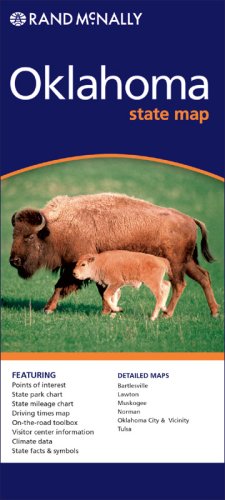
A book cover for Rand Mcnally Oklahoma State Map; Not Available (NA); Travel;